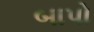
બાપો